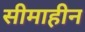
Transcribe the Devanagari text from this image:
सीमाहीन